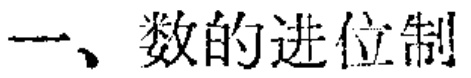
一、数的进位制